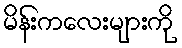
မိန်းကလေးများကို